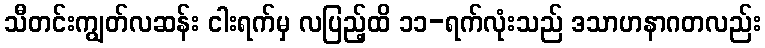
သီတင်းကျွတ်လဆန်း ငါးရက်မှ လပြည့်ထိ ၁၁-ရက်လုံးသည် ဒသာဟနာဂတလည်း